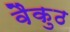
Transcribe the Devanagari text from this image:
वैकुठ